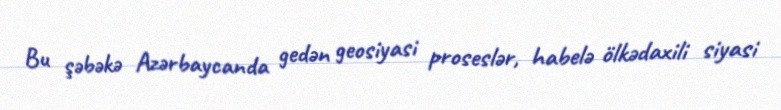
Bu şəbəkə Azərbaycanda gedən geosiyasi proseslər, habelə ölkədaxili siyasi